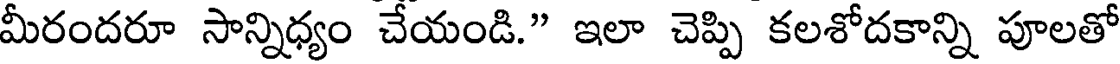
మీరందరూ సాన్నిధ్యం చేయండి." ఇలా చెప్పి కలశోదకాన్ని పూలతో